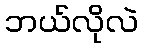
ဘယ်လိုလဲ